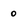
Character: 0